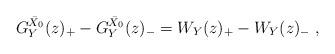
LaTeX: \begin{align*}G_Y^{\bar{X}_0}(z)_+-G_Y^{\bar{X}_0}(z)_-=W_Y(z)_+-W_Y(z)_-\ ,\end{align*}